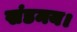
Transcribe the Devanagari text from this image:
खंडमय।